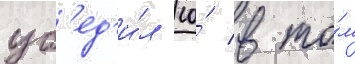
уб'ед'и́л ео́ в то́м